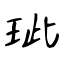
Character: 玼